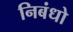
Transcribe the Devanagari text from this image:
निबंधो